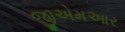
જીએમઆર